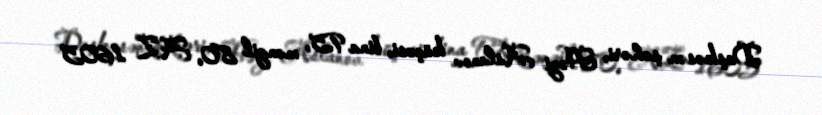
Daşkəsən şəhəri, Həzi Aslanov küçəsi, bina 95, mənzil 80, AZ 1605